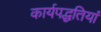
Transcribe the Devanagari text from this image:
कार्यपद्धतियां